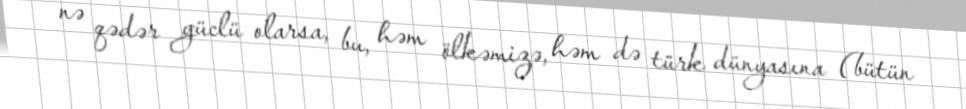
nə qədər güclü olarsa, bu, həm ölkəmizə, həm də türk dünyasına (bütün